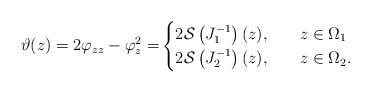
LaTeX: \begin{align*}\vartheta(z)=2\varphi_{zz}-\varphi_z^2=&\begin{cases} 2\mathcal{S}\left(J_1^{-1}\right)(z),\quad&z\in \Omega_1\\2\mathcal{S}\left(J_2^{-1}\right)(z),\quad&z\in \Omega_2.\end{cases}\end{align*}